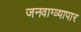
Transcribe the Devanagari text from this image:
जनवाग्व्यापार